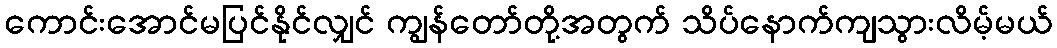
ကောင်းအောင်မပြင်နိုင်လျှင် ကျွန်တော်တို့အတွက် သိပ်နောက်ကျသွားလိမ့်မယ်